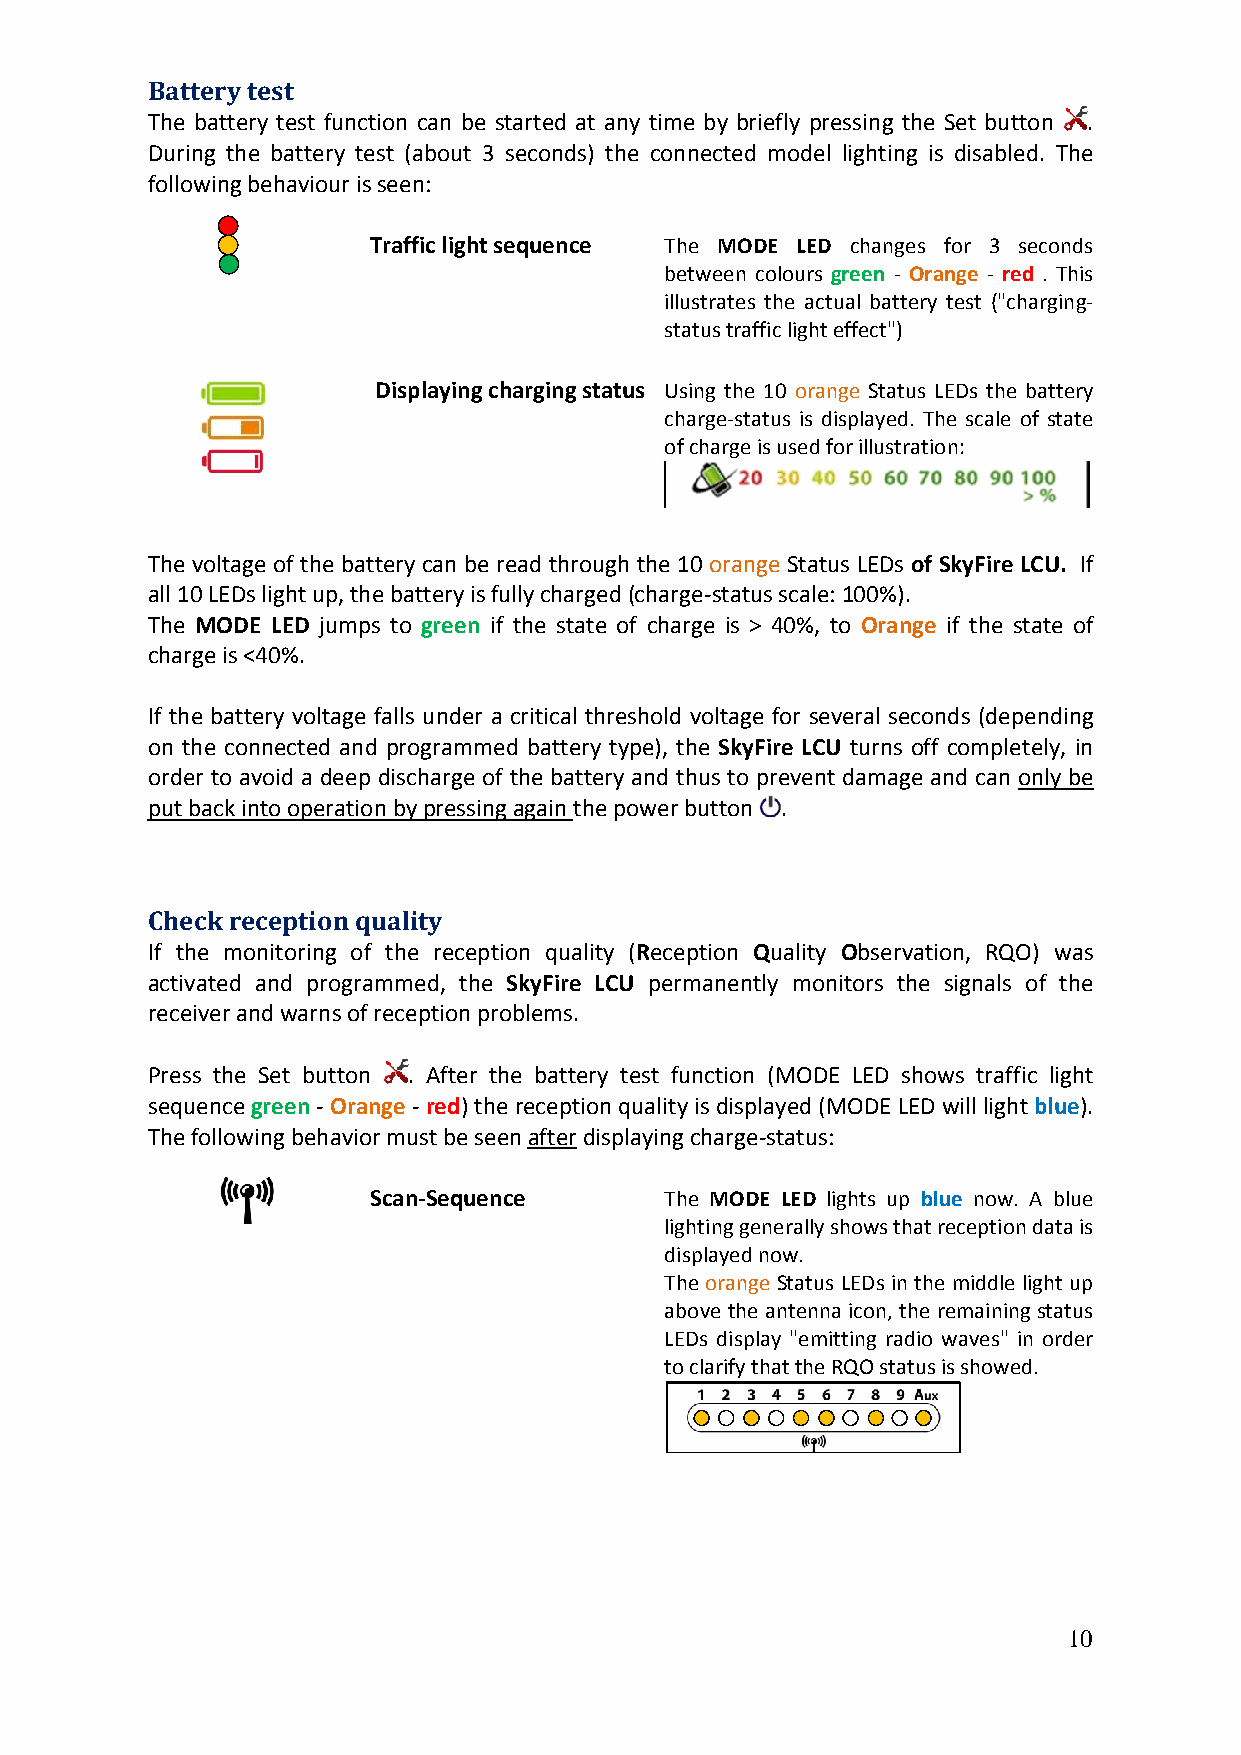
Battery test
 The battery test function can be started at any time by briefly pressing the Set button .
 During the battery test (about 3 seconds) the connected model lighting is disabled. The
 following behaviour is seen:
 Traffic light sequence The MODE LED changes for 3 seconds
 between colours green ‐ Orange ‐ red . This
 illustrates the actual battery test ("charging‐
 status traffic light effect")
 Displaying charging status Using the 10 orange Status LEDs the battery
 charge‐status is displayed. The scale of state
 of charge is used for illustration:
 The voltage of the battery can be read through the 10 orange Status LEDs of SkyFire LCU. If
 all 10 LEDs light up, the battery is fully charged (charge‐status scale: 100%).
 The MODE LED jumps to green if the state of charge is > 40%, to Orange if the state of
 charge is <40%.
 If the battery voltage falls under a critical threshold voltage for several seconds (depending
 on the connected and programmed battery type), the SkyFire LCU turns off completely, in
 order to avoid a deep discharge of the battery and thus to prevent damage and can only be
 put back into operation by pressing again the power button .
 Check reception quality
 If the monitoring of the reception quality (Reception Quality Observation, RQO) was
 activated and programmed, the SkyFire LCU permanently monitors the signals of the
 receiver and warns of reception problems.
 Press the Set button . After the battery test function (MODE LED shows traffic light
 sequence green ‐ Orange ‐ red) the reception quality is displayed (MODE LED will light blue).
 The following behavior must be seen after displaying charge‐status:
 Scan‐Sequence       The MODE LED lights up blue now. A blue
 lighting generally shows that reception data is
 displayed now.
 The orange Status LEDs in the middle light up
 above the antenna icon, the remaining status
 LEDs display "emitting radio waves" in order
 to clarify that the RQO status is showed.
 10